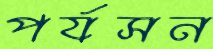
পর্যসন